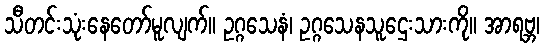
သီတင်းသုံးနေတော်မူလျက်။ ဥဂ္ဂသေနံ၊ ဥဂ္ဂသေနသူဌေးသားကို။ အာရဗ္ဘ၊